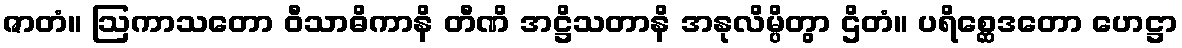
ဇာတံ။ ဩကာသတော ဝီသာဓိကာနိ တီဏိ အဋ္ဌိသတာနိ အနုလိမ္ပိတွာ ဌိတံ။ ပရိစ္ဆေဒတော ဟေဋ္ဌာ